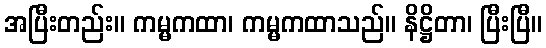
အပြီးတည်း။ ကမ္မကထာ၊ ကမ္မကထာသည်။ နိဋ္ဌိတာ၊ ပြီးပြီ။